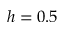
h = 0 . 5